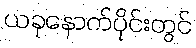
ယခုနောက်ပိုင်းတွင်